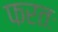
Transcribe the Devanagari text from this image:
फरतः